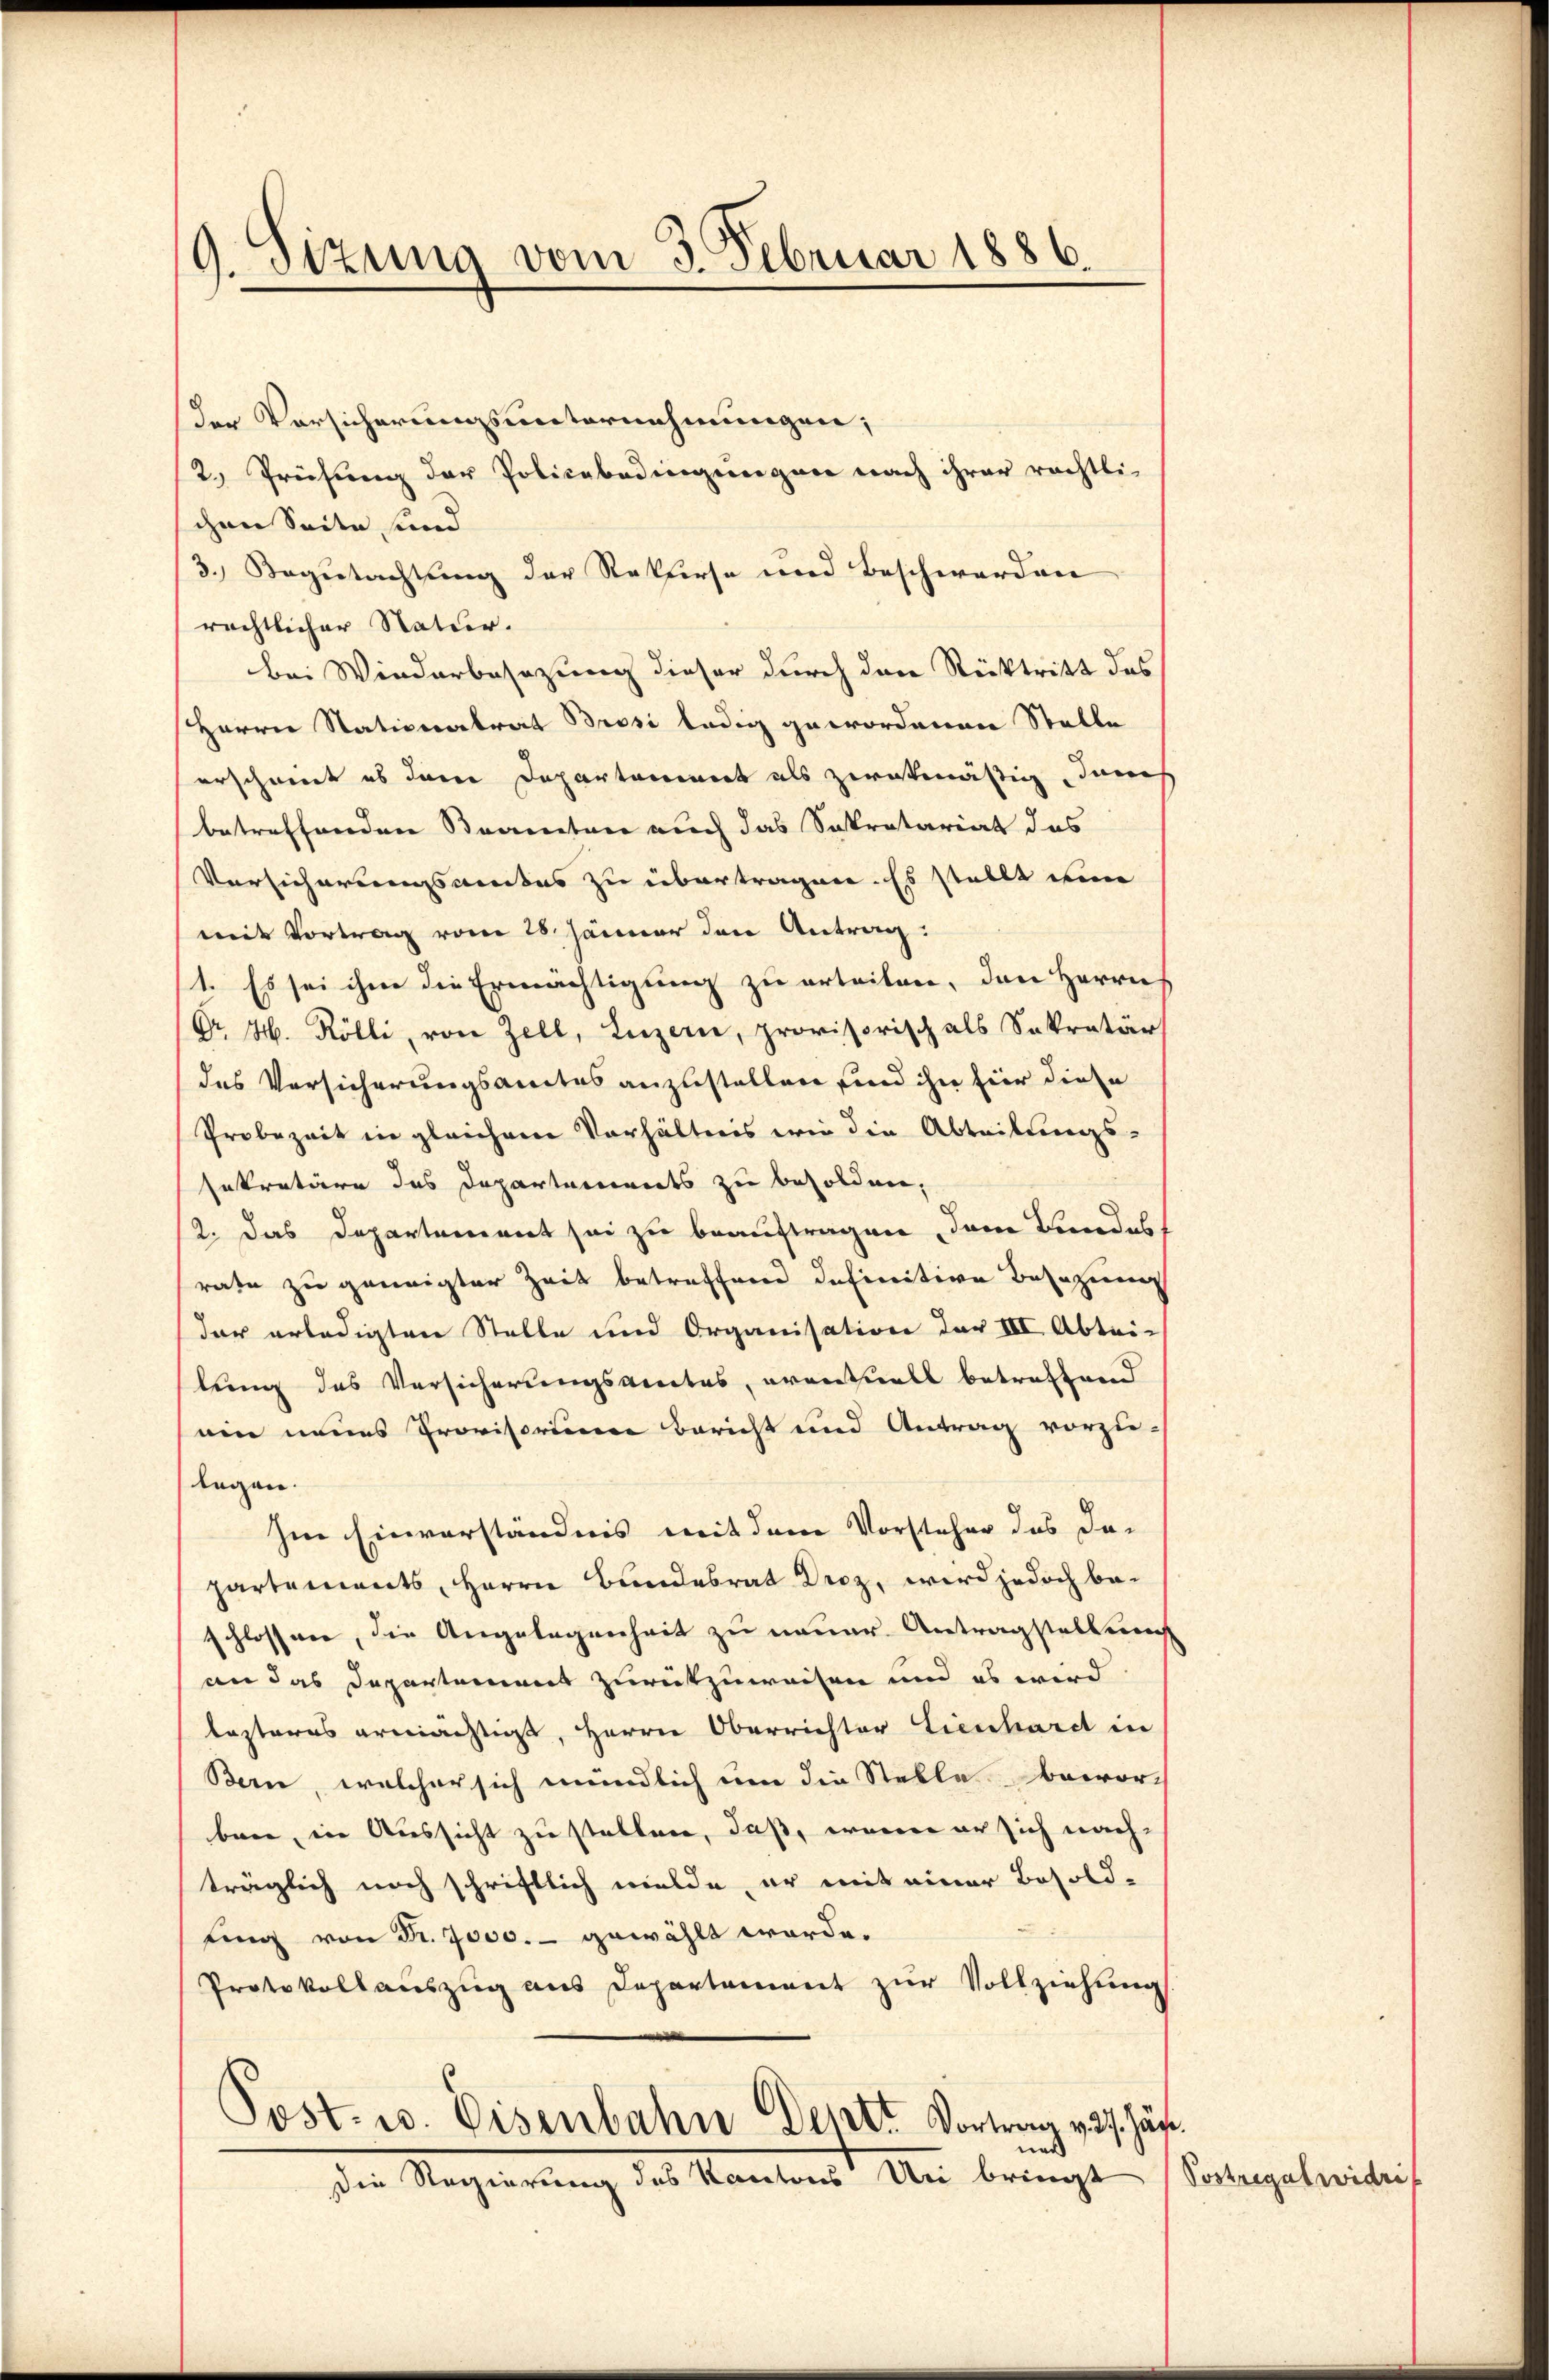
9. Sitzung vom 3. Februar 1886.

der Vorsicherungsunternehmungen;
2.) Prüfung der Policebedingungen nach ihrer rechtli-
chen Seite, und
3.) Begutachtung der Rekurse und Beschwerden
rechtlicher Statur.
bei Wiederbesezung dieser durch den Rücktritt des
Herrn Nationalrat Brosi ledig gewordenen Stelle
erscheint es deren Departamiert als zwotenäsig dane
betreffenden Stramten auch das Sekretariat das
Versicherungswertes zu übertragen. Es stellt eine
mit Vortrag vom 28. Jänner den Antrag:
1. Es sei ihm die Ermächtigung zu erteilen, den Herrn
Gr. H. Kölli, von Zell, Luzern, provisorisch als Sekretär
des Versicherungsamtes anzustellen sind ihn hier diese
Probezeit in gleichem Verhältnis wie die Abteilungs-
Enkretäre des Departements zu besolden.
2. Das Departement sei zu beauftragen, dem Bundes
rate zu geneigter Zeit betreffend definitive Besizung
der erledigten Stelle und Organisation der III Abtei-
lung des Versicherungsvertes, eventuell betreffend
ein neues Provisorium bericht und Antrag vorzu-
legen.
Im Einverständnis mit dem Vorsteher das da-
partements, Herrn Bundesrat Droz, wird jedoch beschlossen, die Angelegenheit zu neuer Antragstellung
an das Departement zurückzuweisen und es wird
lesteres ermächtigt, Herrn Oberrichter Lienhardt in
Bern, welcher sich meindlich um die Stelle beworben, in Aussicht zu stellen, daß, wenn er sich nachträglich noch schriftlich melde, er mit einer Besold-
fing von Dr. 7000.- gewählt worde.
Protokollauszug aus Departement zur Vollziehung
Post. u. Eisenbahn Depot Vortrag v. 27. Jäh
d
Die Regierung des Kantons Uri bringt

Sostregal widri